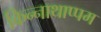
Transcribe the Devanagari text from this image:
किन्नाथाप्पम